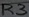
Text: R3